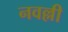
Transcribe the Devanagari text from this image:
नवल्ली